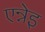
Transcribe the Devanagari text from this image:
एन्नेइ